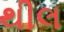
થીલ